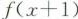
$$f(x+1)$$